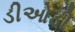
ડીઓડી